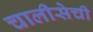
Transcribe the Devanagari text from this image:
चालीसेची